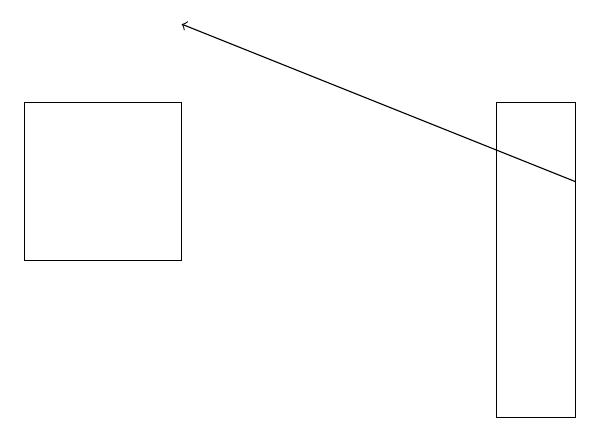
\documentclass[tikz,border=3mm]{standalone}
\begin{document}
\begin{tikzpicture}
\draw (8,17) rectangle (9,13);
\draw (4,17) rectangle (2,15);
\draw[->] (9,16) -- (4,18);
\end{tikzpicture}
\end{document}